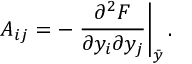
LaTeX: A _ { i j } = - \left. \displaystyle { \frac { \partial ^ { 2 } F } { \partial y _ { i } \partial y _ { j } } } \right| _ { \bar { y } } .